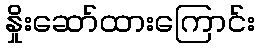
နှိုးဆော်ထားကြောင်း